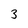
Character: 3